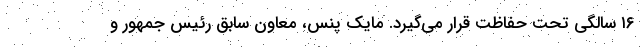
۱۶ سالگی تحت حفاظت قرار می‌گیرد. مایک پنس، معاون سابق رئیس جمهور و